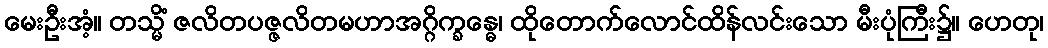
မေးဦးအံ့။ တသ္မိံ ဇလိတပဇ္ဇလိတမဟာအဂ္ဂိက္ခန္ဓေ၊ ထိုတောက်လောင်ထိန်လင်းသော မီးပုံကြီး၌။ ဟေတု၊